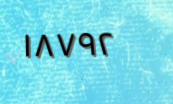
١٨٧٩٢